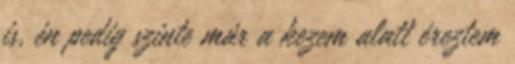
is, én pedig szinte már a kezem alatt éreztem